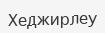
Хеджирлеу